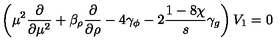
\left( \mu ^ { 2 } \frac { \partial } { \partial \mu ^ { 2 } } + \beta _ { \rho } \frac { \partial } { \partial \rho } - 4 \gamma _ { \phi } - 2 \frac { 1 - 8 \chi } { s } \gamma _ { g } \right) V _ { 1 } = 0